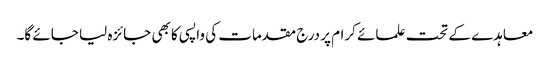
معاہدے کے تحت علمائے کرام پر درج مقدمات کی واپسی کا بھی جائزہ لیا جائے گا۔